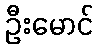
ဦးမောင်